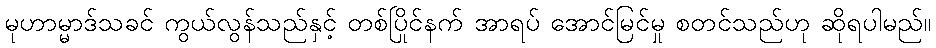
မုဟာမ္မာဒ်သခင် ကွယ်လွန်သည်နှင့် တစ်ပြိုင်နက် အာရပ် အောင်မြင်မှု စတင်သည်ဟု ဆိုရပါမည်။